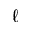
\ell